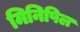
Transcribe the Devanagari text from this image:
मिनिपिल